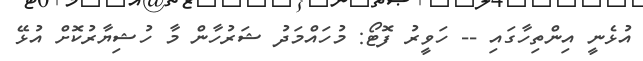
އުޅެނީ އިންތިހާގައި -- ހަވީރު ފޮޓޯ: މުހައްމަދު ޝަރުހާން މާ ހުޝިޔާރުކޮށް އުޅޭ